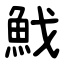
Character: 䰹